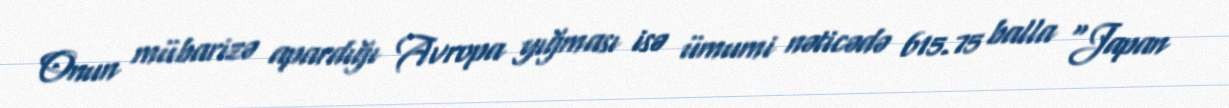
Onun mübarizə apardığı Avropa yığması isə ümumi nəticədə 615.75 balla "Japan